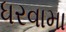
ધરવામા